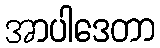
အာပါဒေတာ